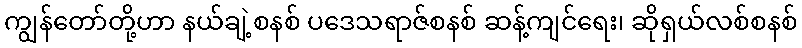
ကျွန်တော်တို့ဟာ နယ်ချဲ့စနစ် ပဒေသရာဇ်စနစ် ဆန့်ကျင်ရေး၊ ဆိုရှယ်လစ်စနစ်